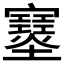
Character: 𡔂